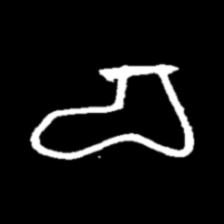
Pyu character \u2014 Myanmar letter: စ (romanized: ca)